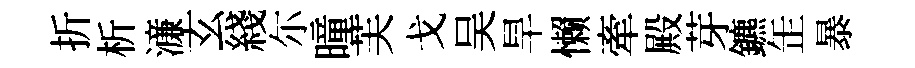
折析濓玄綫尓曈芙戈吴旱懒牽殿芽鑣𦈢暴